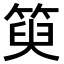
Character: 𥯮